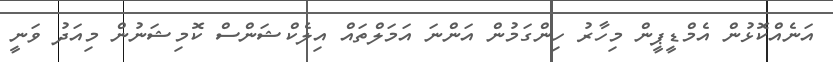
އަނެއްކޮޅުން އެމްޑީޕީން މިހާރު ހިންގަމުން އަންނަ އަމަލްތައް އިލެކްޝަންސް ކޮމިޝަނުން މިއަދު ވަނީ